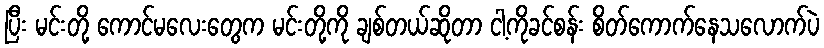
ပြီး မင်းတို့ ကောင်မလေးတွေက မင်းတို့ကို ချစ်တယ်ဆိုတာ ငါ့ကိုခင်စန်း စိတ်ကောက်နေသလောက်ပဲ